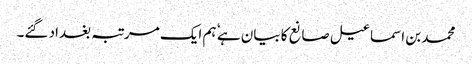
محمد بن اسماعیل صانع کا بیان ہے ٗ ہم ایک مرتبہ بغداد گئے۔